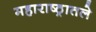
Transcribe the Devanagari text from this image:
महाराष्ठ्रातले